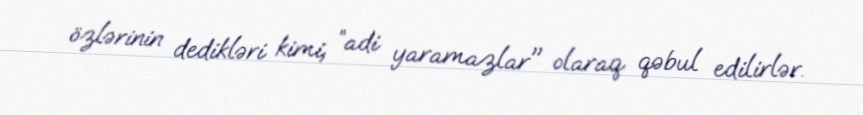
özlərinin dedikləri kimi, ”adi yaramazlar" olaraq qəbul edilirlər.